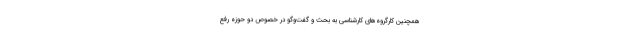
همچنین کارگروه‌های کارشناسی به بحث و گفت‌وگو در خصوص دو حوزه رفع